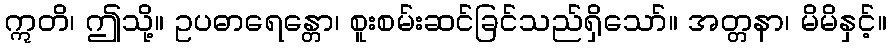
ဣတိ၊ ဤသို့။ ဥပဓာရေန္တော၊ စူးစမ်းဆင်ခြင်သည်ရှိသော်။ အတ္တနာ၊ မိမိနှင့်။